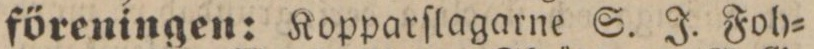
föreningen: Kopparſlagarne S. J. Foh=